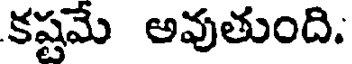
కష్టమే అవుతుంది.